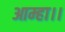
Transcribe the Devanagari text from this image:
आम्हा।।